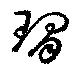
琩